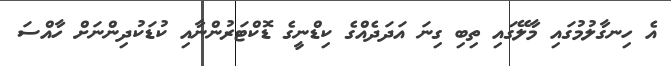
އެ ހިނގާލުމުގައި މާލޭގައި ތިބި ގިނަ އަދަދެއްގެ ކިޑްނީގެ ޑޮކްޓަރުންނާއި ކުޑަކުދިންނަށް ހާއްސަ